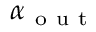
\alpha _ { \mathrm { ~ o ~ u ~ t ~ } }